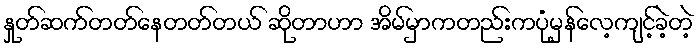
နှုတ်ဆက်တတ်နေတတ်တယ် ဆိုတာဟာ အိမ်မှာကတည်းကပုံမှန်လေ့ကျင့်ခဲ့တဲ့